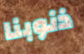
ذنوبنا